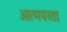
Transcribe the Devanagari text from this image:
आत्मपरता